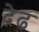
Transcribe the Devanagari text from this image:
द़ेढ